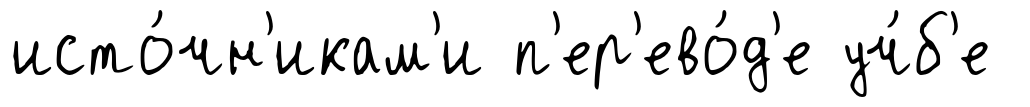
исто́чн'икам'и п'ер'ево́д'е уч́б'е